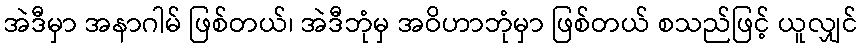
အဲဒီမှာ အနာဂါမ် ဖြစ်တယ်၊ အဲဒီဘုံမှ အဝိဟာဘုံမှာ ဖြစ်တယ် စသည်ဖြင့် ယူလျှင်